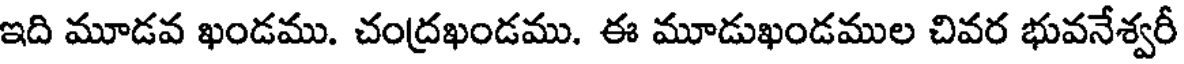
ఇది మూడవ ఖండము. చంద్రఖండము. ఈ మూడుఖండముల చివర భువనేశ్వరీ